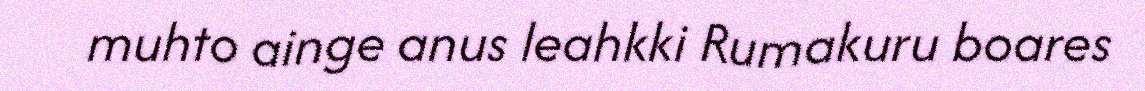
muhto ainge anus leahkki Rumakuru boares